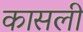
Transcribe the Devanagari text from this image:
कासली